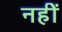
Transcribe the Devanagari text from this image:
नहीें